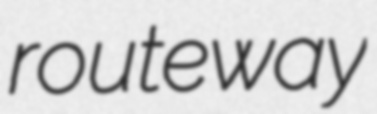
routeway